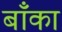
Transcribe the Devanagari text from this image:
बॉँका